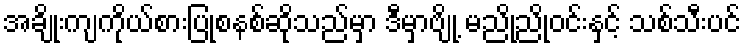
အချိုးကျကိုယ်စားပြုစနစ်ဆိုသည်မှာ ဒီမှာဗျို့ မညိုညိုဝင်းနှင့် သစ်သီးပင်